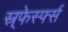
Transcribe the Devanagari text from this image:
स्र्फेर्स्फ्स